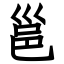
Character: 邕